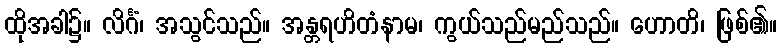
ထိုအခါ၌။ လိင်္ဂံ၊ အသွင်သည်။ အန္တရဟိတံနာမ၊ ကွယ်သည်မည်သည်။ ဟောတိ၊ ဖြစ်၏။